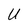
Character: U